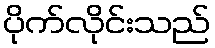
ပိုက်လိုင်းသည်